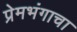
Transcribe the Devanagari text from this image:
प्रेमभंगाचा